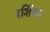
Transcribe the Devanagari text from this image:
दर्शिका